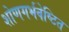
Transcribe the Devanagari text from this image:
शोणगर्भवेष्टित